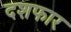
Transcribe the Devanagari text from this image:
दशफार